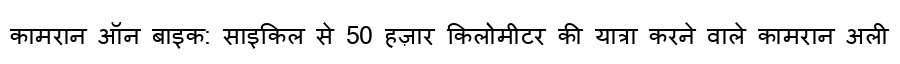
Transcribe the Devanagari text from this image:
कामरान ऑन बाइक: साइकिल से 50 हज़ार किलोमीटर की यात्रा करने वाले कामरान अली